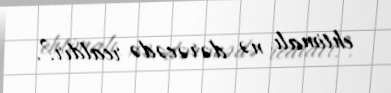
ehtimalı nə dərəcədə realdır?.